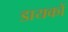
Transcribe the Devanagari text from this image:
डायकों